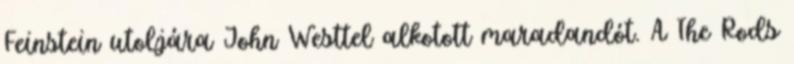
Feinstein utoljára John Westtel alkotott maradandót. A The Rods